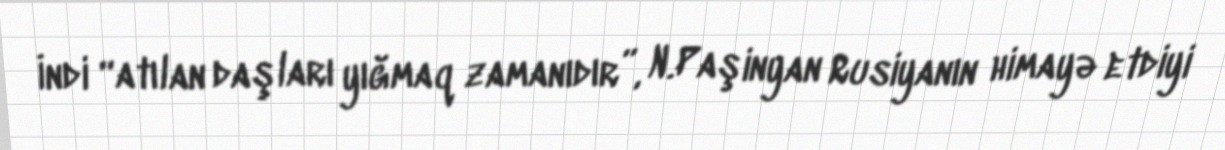
İndi “atılan daşları yığmaq zamanıdır”, N.Paşinyan Rusiyanın himayə etdiyi